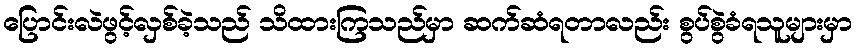
ပြောင်းလဲဖွင့်လှစ်ခဲ့သည် သိထားကြသည်မှာ ဆက်ဆံရတာလည်း စွပ်စွဲခံရသူများမှာ